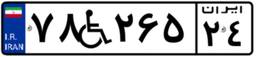
۹۲W۷۱۷۷۴